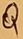
Text: Q